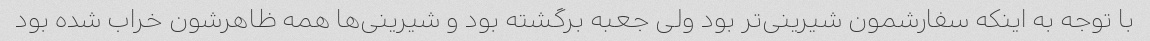
با توجه به اینکه سفارشمون شیرینى‌تر بود ولى جعبه برگشته بود و شیرینى‌ها همه ظاهرشون خراب شده بود